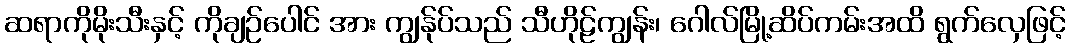
ဆရာကိုမိုးသီးနှင့် ကိုချဉ်ပေါင် အား ကျွန်ုပ်သည် သီဟိုဠ်ကျွန်း၊ ဂေါလ်မြို့ဆိပ်ကမ်းအထိ ရွက်လှေဖြင့်